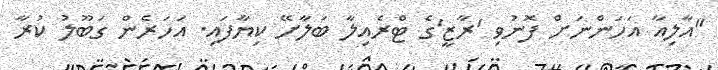
"އާލިއާ އަހަންނަށް ފޮނުވި 'ރާޒީ'ގެ ޓްރެއިލާ ބަލާށޭ ކިޔާފައި. އަހަރެން ގަބޫލު ކުރާ